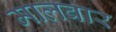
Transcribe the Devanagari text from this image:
मालबार